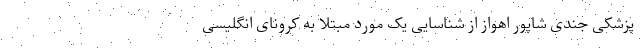
پزشکی جندی شاپور اهواز از شناسایی یک مورد مبتلا به کرونای انگلیسی